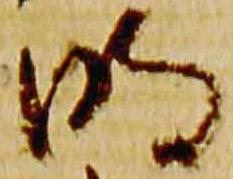
明